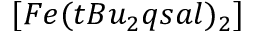
[ F e ( t B u _ { 2 } q s a l ) _ { 2 } ]